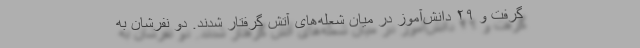
گرفت و ۲۹ دانش‌آموز در میان شعله‌های آتش گرفتار شدند. دو نفرشان به